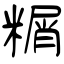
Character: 糏